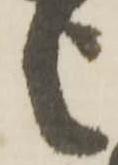
之